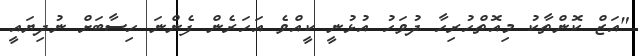
"އަޒް ކޮންތާކު މިއޮތްހުރިހާ ދުވަހު އުޅުނީ ކީއްވެ އަހަރެން ފެންނަ ހިސާބަށް ނުދިޔައީ